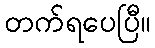
တက်ရပေပြီ။